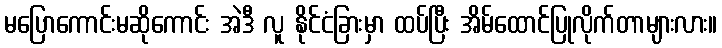
မပြောကောင်းမဆိုကောင်း အဲဒီ လူ နိုင်ငံခြားမှာ ထပ်ပြီး အိမ်ထောင်ပြုလိုက်တာများလား။